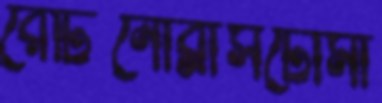
রেটিনোব্লাসটোমা